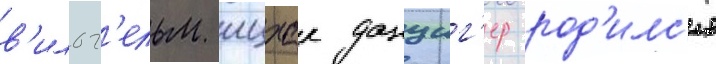
в'ильг'ельм ицхак данциг'ер род'илс'я